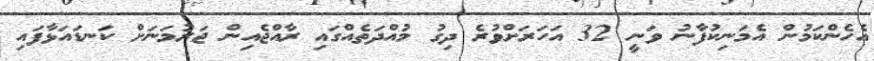
އެހެންކަމުން އެމަނިކުފާނު ވަނީ 32 އަހަރަށްވުރެ ދިގު މުއްދަތެއްގައި ރާއްޖެއިން ޖަރުމަނަށް ކަނޑައަޅާފައި